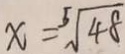
x = \sqrt [ 5 ] { 4 8 }